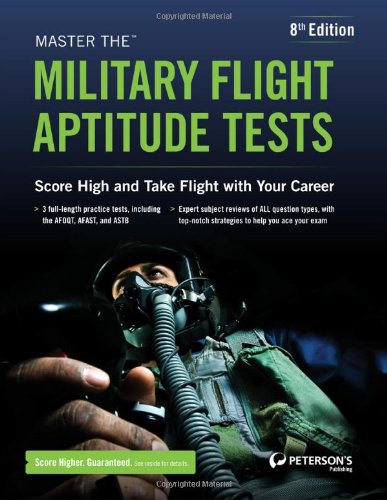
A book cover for Master the Military Flight Aptitude Tests; Peterson's; Test Preparation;